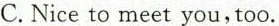
C.Nice to meet you,too.